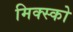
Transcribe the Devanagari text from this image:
मिक्स्को